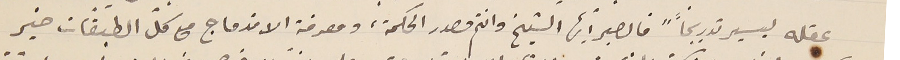
عقله ليسير تدريجياً "فالصبر أيها الشيخ وانتم مصدر الحكمة، ومعرفة الاندماج مع كلّ الطبقات خير